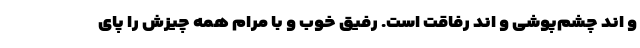
و اِند چشم‌پوشی و اِند رفاقت است. رفیق خوب و با مرام همه چیزش را پای